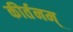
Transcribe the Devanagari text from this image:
कीर्तनम्